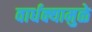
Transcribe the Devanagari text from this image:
वार्धक्यामुळे